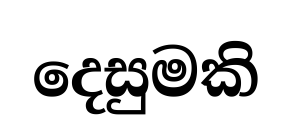
දෙසුමකි